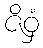
ဇိဝှံ